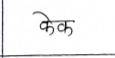
मजकूर: फेक